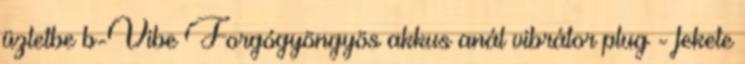
üzletbe b-Vibe Forgógyöngyös akkus anál vibrátor plug - fekete